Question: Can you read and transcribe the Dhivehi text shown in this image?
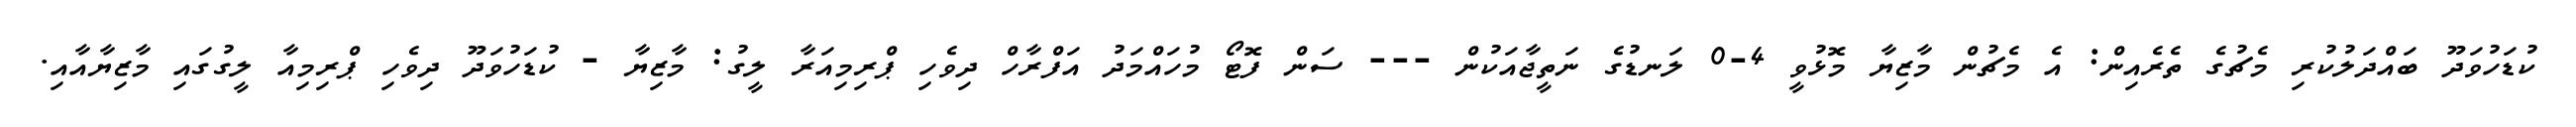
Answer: ކުޑަހުވަދޫ ބައްދަލުކުރި މެޗުގެ ތެރެއިން: އެ މެޗުން މާޒިޔާ މޮޅުވީ 4-0 ލަނޑުގެ ނަތީޖާއަކުން --- ސަން ފޮޓޯ މުހައްމަދު އަފްރާހް ދިވެހި ޕްރިމިއަރާ ލީގު: މާޒިޔާ - ކުޑަހުވަދޫ ދިވެހި ޕްރިމިއާ ލީގުގައި މާޒިޔާއާއި.